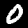
Digit: 0